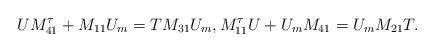
LaTeX: \begin{align*}&UM_{41}^{\tau}+M_{11}U_m=TM_{31}U_m, M_{11}^{\tau} U +U_m M_{41}=U_m M_{21}T. \end{align*}